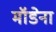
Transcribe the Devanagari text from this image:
मॉडेना